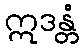
ဣဒန္တံ